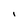
Character: I